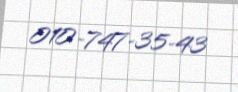
010-747-35-43